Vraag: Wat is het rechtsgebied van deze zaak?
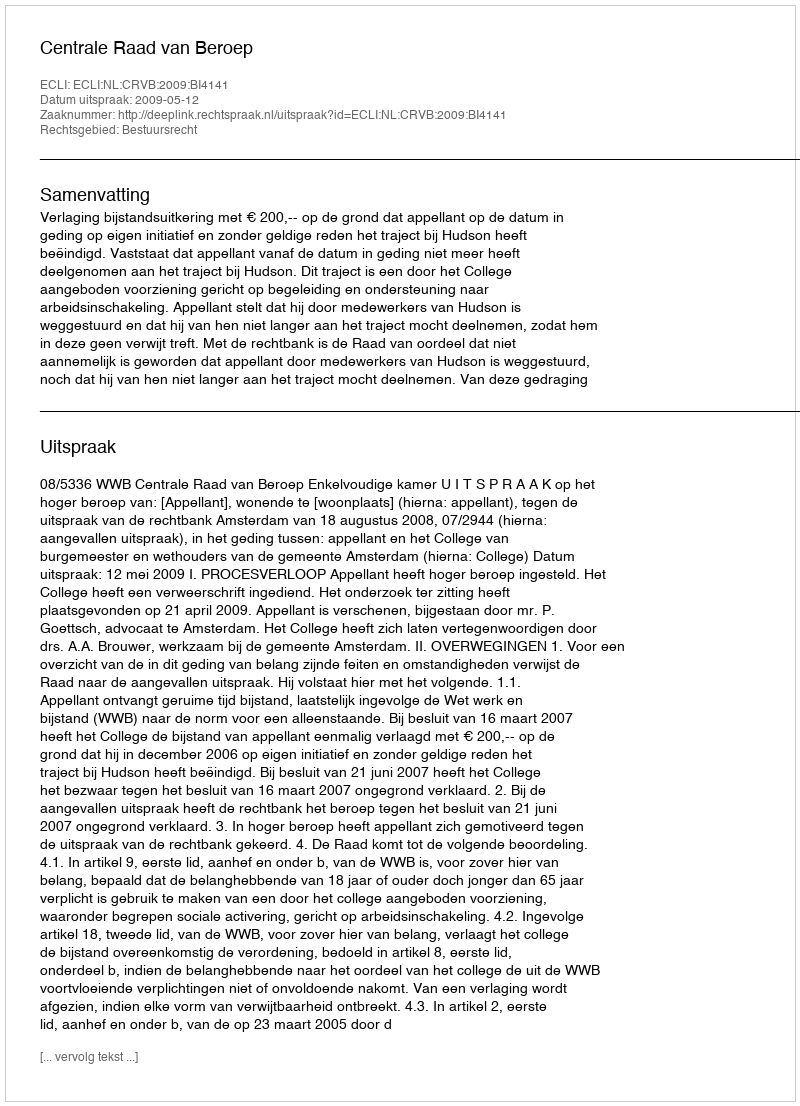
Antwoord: Bestuursrecht